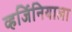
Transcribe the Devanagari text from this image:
व्हर्जिनियाला